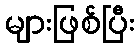
များဖြစ်ပြီး